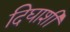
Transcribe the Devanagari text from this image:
दिघाशी